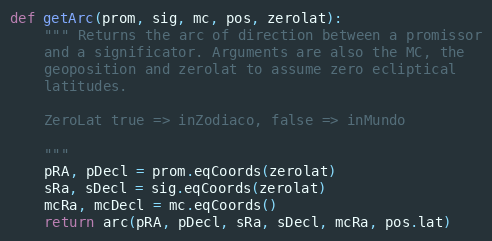
Language: Python
def getArc(prom, sig, mc, pos, zerolat):
    """ Returns the arc of direction between a promissor
    and a significator. Arguments are also the MC, the
    geoposition and zerolat to assume zero ecliptical
    latitudes.

    ZeroLat true => inZodiaco, false => inMundo

    """
    pRA, pDecl = prom.eqCoords(zerolat)
    sRa, sDecl = sig.eqCoords(zerolat)
    mcRa, mcDecl = mc.eqCoords()
    return arc(pRA, pDecl, sRa, sDecl, mcRa, pos.lat)